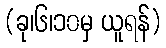
(ခု၊၆၊၁၀မှ ယူရန်)